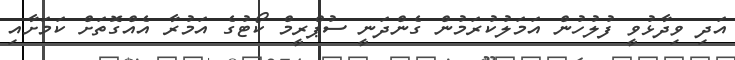
އަދި ވިދާޅުވީ ފުލުހުން އަމަލުކުރަމުން ގެންދަނީ ސުޕްރީމް ކޯޓުގެ އަމުރާ އެއްގޮތަށް ކަމަށާއި